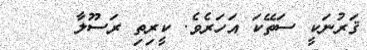
ޤަރުނަކީ ސަތޭކަ އަހަރެވެ. ކީރިތި ރަސޫލާ